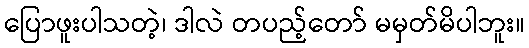
ပြောဖူးပါသတဲ့၊ ဒါလဲ တပည့်တော် မမှတ်မိပါဘူး။